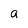
Character: a